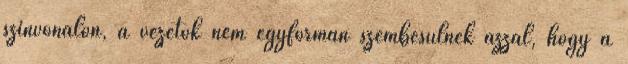
színvonalon, a vezetők nem egyformán szembesülnek azzal, hogy a